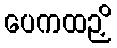
ပေကထဉှိ